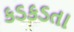
કડકડતા